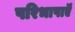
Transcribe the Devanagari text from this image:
परिभाषाऍं